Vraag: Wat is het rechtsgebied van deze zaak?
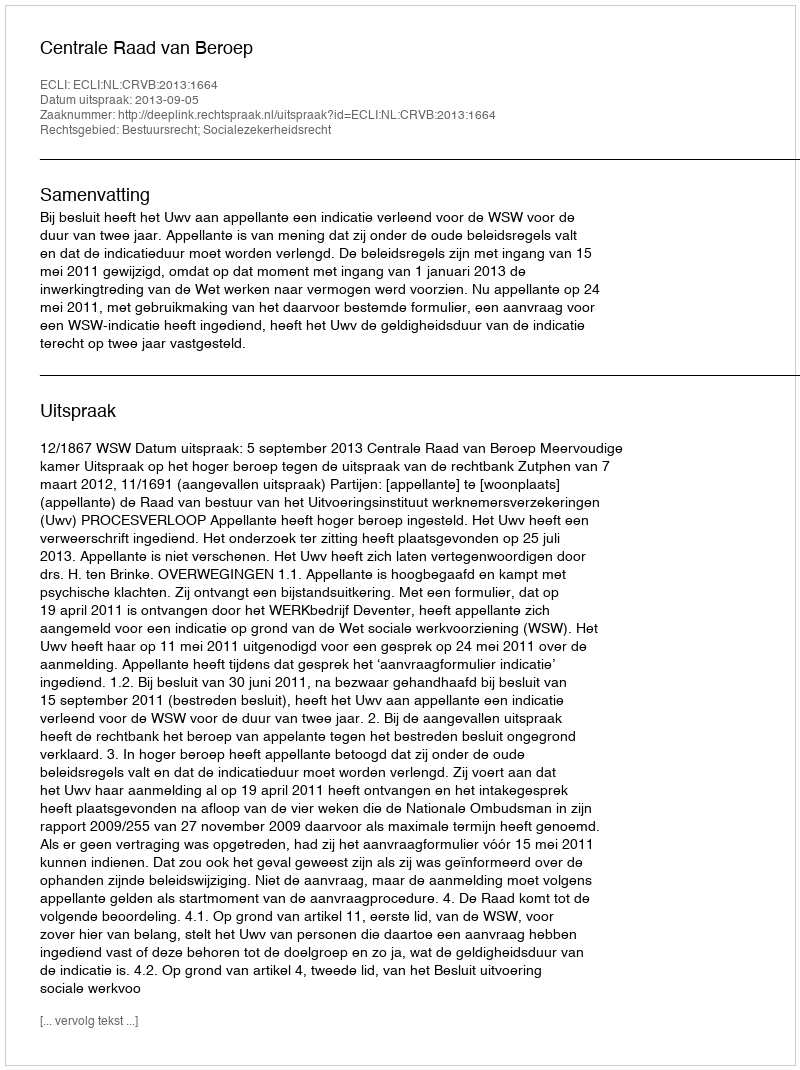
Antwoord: Bestuursrecht; Socialezekerheidsrecht